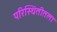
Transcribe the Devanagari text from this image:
परिस्थितीतला